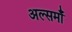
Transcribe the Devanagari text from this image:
अल्समाँ